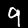
Label: 9